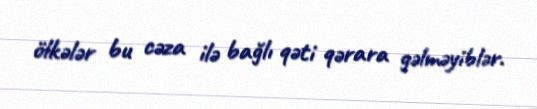
ölkələr bu cəza ilə bağlı qəti qərara gəlməyiblər.